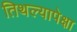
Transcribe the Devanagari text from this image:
तिथल्यापेक्षा